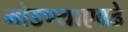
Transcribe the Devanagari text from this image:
मोडण्याएवढे